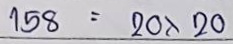
158 = 20 x 20